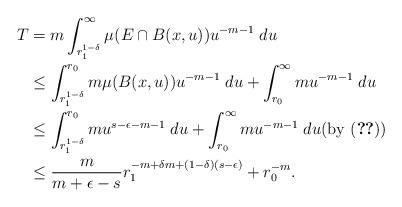
LaTeX: \begin{align*}T&=m\int_{r_1^{1-\delta}}^\infty \mu(E\cap B(x, u)) u^{-m-1} \; du\\&\leq \int_{r_1^{1-\delta}}^{r_0} m\mu( B(x, u)) u^{-m-1} \; du+\int_{r_0}^\infty m u^{-m-1}\; du\\&\leq \int_{r_1^{1-\delta}}^{r_0} m u^{s-\epsilon-m-1} \; du+\int_{r_0}^\infty mu^{-m-1}\; du\mbox{(by \eqref{e-8se})}\\&\leq \frac{m}{m+\epsilon-s}r_1^{-m+\delta m+(1-\delta)(s-\epsilon)}+r_0^{-m}.\end{align*}